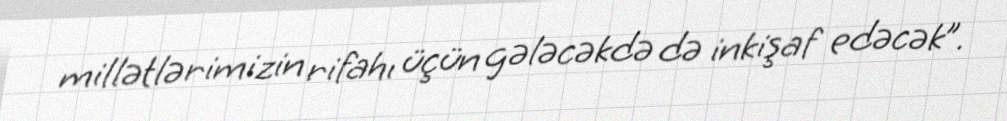
millətlərimizin rifahı üçün gələcəkdə də inkişaf edəcək”.